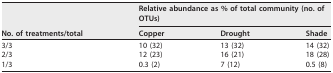
<table><thead><tr><td rowspan="2"><b>No. of treatments/total</b></td><td colspan="3"><b>Relative abundance as % of total community (no. of OTUs)</b></td></tr><tr><td><b>Copper</b></td><td><b>Drought</b></td><td><b>Shade</b></td></tr></thead><tbody><tr><td>3/3</td><td>10 (32)</td><td>13 (32)</td><td>14 (32)</td></tr><tr><td>2/3</td><td>12 (23)</td><td>16 (21)</td><td>18 (28)</td></tr><tr><td>1/3</td><td>0.3 (2)</td><td>7 (12)</td><td>0.5 (8)</td></tr></tbody></table>